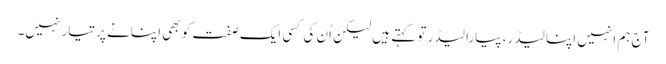
آج ہم انہیں اپنا لیڈر، پیارا لیڈر تو کہتے ہیں لیکن اُن کی کسی ایک صفت کو بھی اپنانے پر تیار نہیں۔